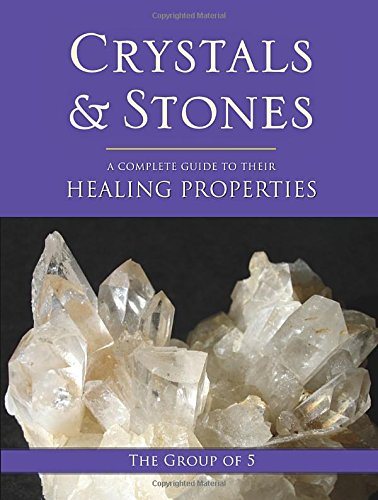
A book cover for Crystals and Stones: A Complete Guide to Their Healing Properties (The Group of 5 Crystals Series); The Group of 5; Religion & Spirituality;